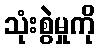
သုံးစွဲမှုကို